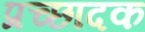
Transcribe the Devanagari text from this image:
प्रच्छादक